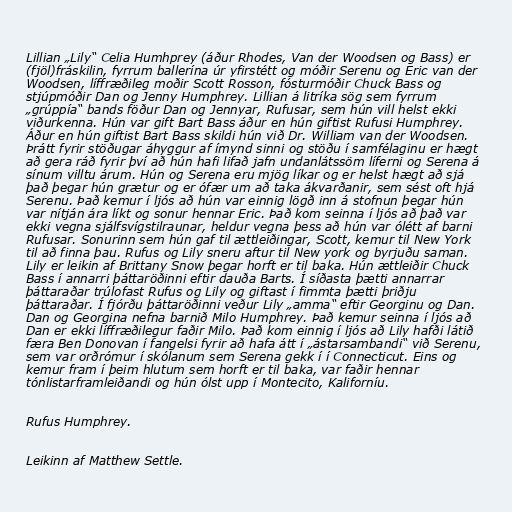
Lillian „Lily“ Celia Humhprey (áður Rhodes, Van der Woodsen og Bass) er
(fjöl)fráskilin, fyrrum ballerína úr yfirstétt og móðir Serenu og Eric van der
Woodsen, líffræðileg moðir Scott Rosson, fósturmóðir Chuck Bass og
stjúpmóðir Dan og Jenny Humphrey. Lillian á litríka sög sem fyrrum
„grúppía“ bands föður Dan og Jennyar, Rufusar, sem hún vill helst ekki
viðurkenna. Hún var gift Bart Bass áður en hún giftist Rufusi Humphrey.
Áður en hún giftist Bart Bass skildi hún við Dr. William van der Woodsen.
Þrátt fyrir stöðugar áhyggur af ímynd sinni og stöðu í samfélaginu er hægt
að gera ráð fyrir því að hún hafi lifað jafn undanlátssöm líferni og Serena á
sínum villtu árum. Hún og Serena eru mjög líkar og er helst hægt að sjá
það þegar hún grætur og er ófær um að taka ákvarðanir, sem sést oft hjá
Serenu. Það kemur í ljós að hún var einnig lögð inn á stofnun þegar hún
var nítján ára líkt og sonur hennar Eric. Það kom seinna í ljós að það var
ekki vegna sjálfsvígstilraunar, heldur vegna þess að hún var ólétt af barni
Rufusar. Sonurinn sem hún gaf til ættleiðingar, Scott, kemur til New York
til að finna þau. Rufus og Lily sneru aftur til New york og byrjuðu saman.
Lily er leikin af Brittany Snow þegar horft er til baka. Hún ættleiðir Chuck
Bass í annarri þáttaröðinni eftir dauða Barts. Í síðasta þætti annarrar
þáttaraðar trúlofast Rufus og Lily og giftast í fimmta þætti þriðju
þáttaraðar. Í fjórðu þáttaröðinni veður Lily „amma“ eftir Georginu og Dan.
Dan og Georgina nefna barnið Milo Humphrey. Það kemur seinna í ljós að
Dan er ekki líffræðilegur faðir Milo. Það kom einnig í ljós að Lily hafði látið
færa Ben Donovan í fangelsi fyrir að hafa átt í „ástarsambandi“ við Serenu,
sem var orðrómur í skólanum sem Serena gekk í í Connecticut. Eins og
kemur fram í þeim hlutum sem horft er til baka, var faðir hennar
tónlistarframleiðandi og hún ólst upp í Montecito, Kaliforníu.

Rufus Humphrey.

Leikinn af Matthew Settle.